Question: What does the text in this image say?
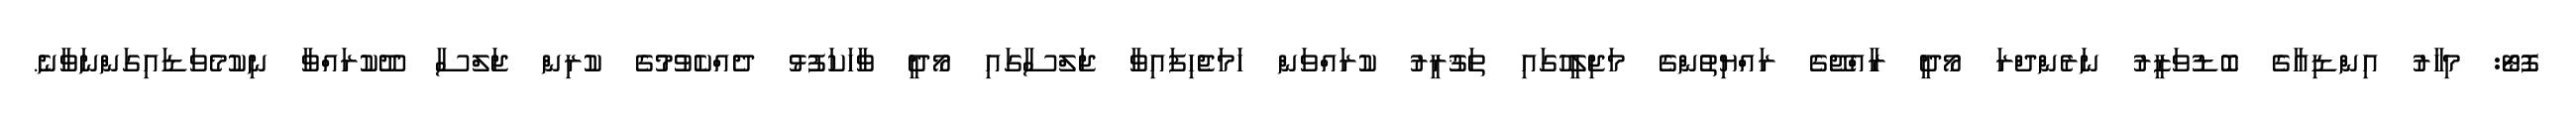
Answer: ފޮޓޯ: މިހާރު އިންޑިއާގެ ބޮޑުވަޒީރު ނަރެންދްރަ މޯދީ ރާއްޖޭގެ ރައްޔިތުންގެ މަޖިލީހުގައި ތަޤުރީރު ކުރައްވަން ހަމަޖެހިފައިވާ ޖަލްސާގައި މޯދީ ވާހަކަފުޅު ދެއްކެވުމުގެ ކުރިން ޖަލްސާ ދޫކުރައްވާ ނިކުމެވަޑައިގަންނަވާނެ.